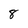
Character: 8